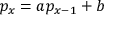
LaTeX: p _ { x } = a p _ { x - 1 } + b